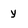
Character: y